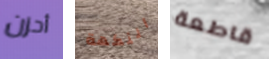
أحزن النكهة قاطعة